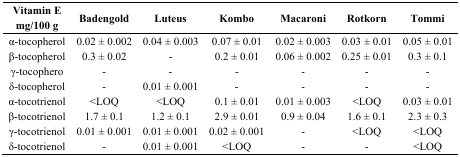
| Vitamin E mg/100 g | Badengold | Luteus | Kombo | Macaroni | Rotkorn | Tommi |
 | --- | --- | --- | --- | --- | --- | --- |
 | α-tocopherol | 0.02 ± 0.002 | 0.04 ± 0.003 | 0.07 ± 0.01 | 0.02 ± 0.003 | 0.03 ± 0.01 | 0.05 ± 0.01 |
 | β-tocopherol | 0.3 ± 0.02 | - | 0.2 ± 0.01 | 0.06 ± 0.002 | 0.25 ± 0.01 | 0.3 ± 0.1 |
 | γ-tocophero | - | - | - | - | - | - |
 | δ-tocopherol | - | 0.01 ± 0.001 | - | - | - | - |
 | α-tocotrienol | <LOQ | <LOQ | 0.1 ± 0.01 | 0.01 ± 0.003 | <LOQ | 0.03 ± 0.01 |
 | β-tocotrienol | 1.7 ± 0.1 | 1.2 ± 0.1 | 2.9 ± 0.01 | 0.9 ± 0.04 | 1.6 ± 0.1 | 2.3 ± 0.3 |
 | γ-tocotrienol | 0.01 ± 0.001 | 0.01 ± 0.001 | 0.02 ± 0.001 | - | <LOQ | <LOQ |
 | δ-tocotrienol | - | 0.01 ± 0.001 | <LOQ | - | - | <LOQ |